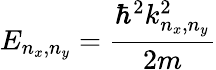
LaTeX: E_{n_{x},n_{y}}={\frac{\hbar^{2}k_{n_{x},n_{y}}^{2}}{2m}}